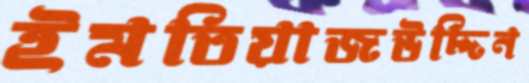
ইমতিয়াজউদ্দিন